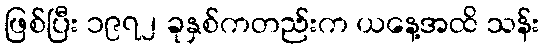
ဖြစ်ပြီး ၁၉၇၂ ခုနှစ်ကတည်းက ယနေ့အထိ သန်း